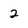
Character: 2